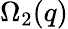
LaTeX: \Omega_{2}(q)